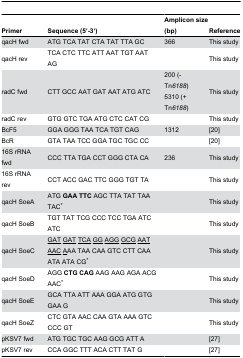
<table><thead><tr><td><b>Primer</b></td><td><b>Sequence (5‘-3‘)</b></td><td><b>Amplicon size (bp)</b></td><td><b>Reference</b></td></tr></thead><tbody><tr><td>qacH fwd</td><td>ATG TCA TAT CTA TAT TTA GC</td><td>366</td><td>This study</td></tr><tr><td>qacH rev</td><td>TCA CTC TTC ATT AAT TGT AAT AG</td><td></td><td>This study</td></tr><tr><td>radC fwd</td><td>CTT GCC AAT GAT AAT ATG ATC</td><td>200 (- Tn<i>6188</i>) 5310 (+ Tn<i>6188</i>)</td><td>This study</td></tr><tr><td>radC rev</td><td>GTG GTC TGA ATG CTC CAT CG</td><td></td><td>This study</td></tr><tr><td>BcF5</td><td>GGA GGG TAA TCA TGT CAG</td><td>1312</td><td> [20]</td></tr><tr><td>BcR</td><td>GTA TAA TCC GGA TGC TGC CC</td><td></td><td> [20]</td></tr><tr><td>16S rRNA fwd</td><td>CCC TTA TGA CCT GGG CTA CA</td><td>236</td><td>This study</td></tr><tr><td>16S rRNA rev</td><td>CCT ACC GAC TTC GGG TGT TA</td><td></td><td>This study</td></tr><tr><td>qacH SoeA</td><td>ATG <b>GAA</b><b>TTC</b> AGC TTA TAT TAA TAC*</td><td></td><td>This study</td></tr><tr><td>qacH SoeB</td><td>TGT TAT TCG CCC TCC TGA ATC ATC</td><td></td><td>This study</td></tr><tr><td>qacH SoeC</td><td><underline>GAT</underline><underline>GAT</underline><underline>TCA</underline><underline>GG</underline><underline>AGG</underline><underline>GCG</underline><underline>AAT</underline><underline>AAC</underline><underline>A</underline>AA TAA CAA GTC CTT CAA ATA ATA CG*</td><td></td><td>This study</td></tr><tr><td>qacH SoeD</td><td>AGG <b>CTG</b><b>CAG</b> AAG AAG AGA ACG AAC*</td><td></td><td>This study</td></tr><tr><td>qacH SoeE</td><td>GCA TTA ATT AAA GGA ATG GTG GAA G</td><td></td><td>This study</td></tr><tr><td>qacH SoeZ</td><td>CTC GTA AAC CAA GTA AAA GTC CCC GT</td><td></td><td>This study</td></tr><tr><td>pKSV7 fwd</td><td>ATG TGC TGC AAG GCG ATT A</td><td></td><td> [27]</td></tr><tr><td>pKSV7 rev</td><td>CCA GGC TTT ACA CTT TAT G</td><td></td><td> [27]</td></tr></tbody></table>